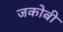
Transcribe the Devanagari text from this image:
जकोबी